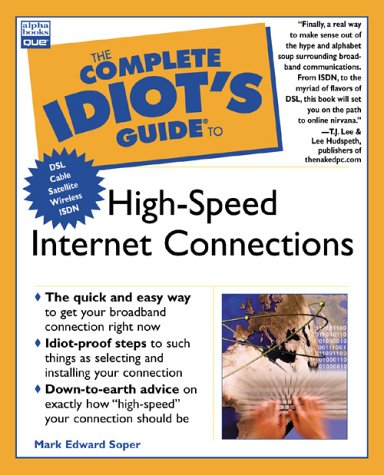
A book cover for Complete Idiot's Guide to High-Speed Internet Connections (The Complete Idiot's Guide); Mark Soper; Computers & Technology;